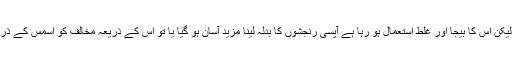
یہاں منٹوں میں ایک خبر جنگل میں آگ کی طرح پھیل جاتی ہے اور کام آسان ہو جاتا ہے لیکن اس کا بیجا اور غلط استعمال ہو رہا ہے آپسی رنجشوں کا بدلہ لینا مزید آسان ہو گیا یا تو اس کے ذریعہ مخالف کو اسمس کے ذریعہ اور اس کی کلپس بنا کر بلیک میل کرتے ہیں اور اس کی زندگی اجیرن کر دیتے ہیں ۔